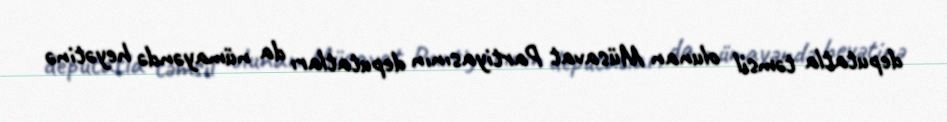
deputatla təmsil olunan Müsavat Partiyasının deputatları da nümayəndə heyətinə